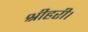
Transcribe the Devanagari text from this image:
श्रीहरी।